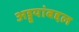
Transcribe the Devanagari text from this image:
अड्डयांबद्दल